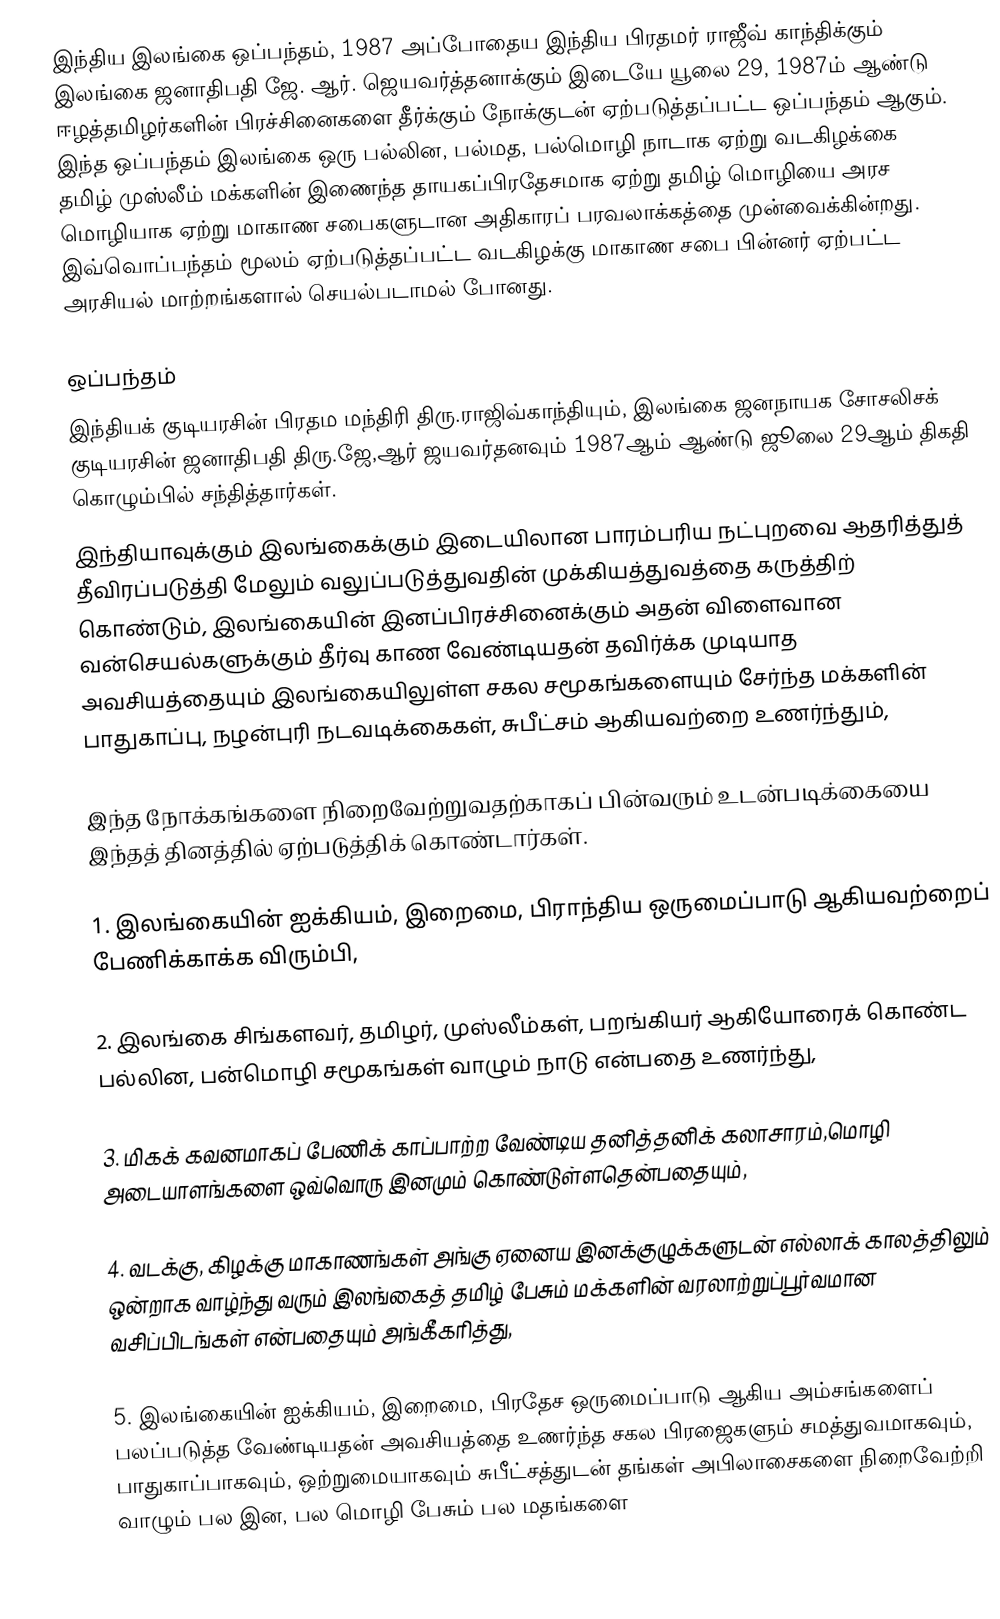
இந்திய இலங்கை ஒப்பந்தம், 1987 அப்போதைய இந்திய பிரதமர் ராஜீவ் காந்திக்கும் இலங்கை ஜனாதிபதி ஜே. ஆர். ஜெயவர்த்தனாக்கும் இடையே யூலை 29, 1987ம் ஆண்டு ஈழத்தமிழர்களின் பிரச்சினைகளை தீர்க்கும் நோக்குடன் ஏற்படுத்தப்பட்ட ஒப்பந்தம் ஆகும்.  இந்த ஒப்பந்தம் இலங்கை ஒரு பல்லின, பல்மத, பல்மொழி நாடாக ஏற்று வடகிழக்கை தமிழ் முஸ்லீம் மக்களின் இணைந்த தாயகப்பிரதேசமாக ஏற்று தமிழ் மொழியை அரச மொழியாக ஏற்று மாகாண சபைகளுடான அதிகாரப் பரவலாக்கத்தை முன்வைக்கின்றது.  இவ்வொப்பந்தம் மூலம் ஏற்படுத்தப்பட்ட வடகிழக்கு மாகாண சபை பின்னர் ஏற்பட்ட அரசியல் மாற்றங்களால் செயல்படாமல் போனது.

ஒப்பந்தம்
இந்தியக் குடியரசின் பிரதம மந்திரி திரு.ராஜிவ்காந்தியும், இலங்கை ஜனநாயக சோசலிசக் குடியரசின் ஜனாதிபதி திரு.ஜே,ஆர் ஜயவர்தனவும் 1987ஆம் ஆண்டு ஜூலை 29ஆம் திகதி கொழும்பில் சந்தித்தார்கள்.
இந்தியாவுக்கும் இலங்கைக்கும் இடையிலான பாரம்பரிய நட்புறவை ஆதரித்துத் தீவிரப்படுத்தி மேலும் வலுப்படுத்துவதின் முக்கியத்துவத்தை கருத்திற் கொண்டும், இலங்கையின் இனப்பிரச்சினைக்கும் அதன் விளைவான வன்செயல்களுக்கும் தீர்வு காண வேண்டியதன் தவிர்க்க முடியாத அவசியத்தையும் இலங்கையிலுள்ள சகல சமூகங்களையும் சேர்ந்த மக்களின் பாதுகாப்பு, நழன்புரி நடவடிக்கைகள், சுபீட்சம் ஆகியவற்றை உணர்ந்தும்,

இந்த நோக்கங்களை நிறைவேற்றுவதற்காகப் பின்வரும் உடன்படிக்கையை இந்தத் தினத்தில் ஏற்படுத்திக் கொண்டார்கள்.

1. இலங்கையின் ஐக்கியம், இறைமை, பிராந்திய ஒருமைப்பாடு ஆகியவற்றைப் பேணிக்காக்க விரும்பி,

2. இலங்கை சிங்களவர், தமிழர், முஸ்லீம்கள், பறங்கியர் ஆகியோரைக் கொண்ட பல்லின, பன்மொழி சமூகங்கள் வாழும் நாடு என்பதை உணர்ந்து,

3. மிகக் கவனமாகப் பேணிக் காப்பாற்ற வேண்டிய தனித்தனிக் கலாசாரம்,மொழி அடையாளங்களை ஒவ்வொரு இனமும் கொண்டுள்ளதென்பதையும்,

4. வடக்கு, கிழக்கு மாகாணங்கள் அங்கு ஏனைய இனக்குழுக்களுடன் எல்லாக் காலத்திலும் ஒன்றாக வாழ்ந்து வரும் இலங்கைத் தமிழ் பேசும் மக்களின் வரலாற்றுப்பூர்வமான வசிப்பிடங்கள் என்பதையும் அங்கீகரித்து,

5. இலங்கையின் ஐக்கியம், இறைமை, பிரதேச ஒருமைப்பாடு ஆகிய அம்சங்களைப் பலப்படுத்த வேண்டியதன் அவசியத்தை உணர்ந்த சகல பிரஜைகளும் சமத்துவமாகவும், பாதுகாப்பாகவும், ஒற்றுமையாகவும் சுபீட்சத்துடன் தங்கள் அபிலாசைகளை நிறைவேற்றி வாழும் பல இன, பல மொழி பேசும் பல மதங்களை